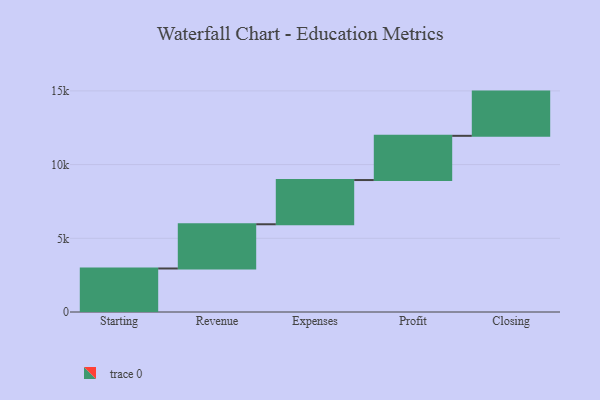
{"axis": {"x": "Step", "y": "Value"}, "legend": [""], "data": [{"x": "Starting", "y": 2952.0, "type": ""}, {"x": "Revenue", "y": 3000, "type": ""}, {"x": "Expenses", "y": 3000, "type": ""}, {"x": "Profit", "y": 3000, "type": ""}, {"x": "Closing", "y": 3000, "type": ""}]}